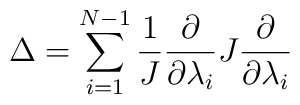
\Delta = \sum_{i=1}^{N-1}\frac{1}{J} \frac{\partial }{\partial \lambda_{i} }J \frac{\partial }{\partial \lambda_{i} }